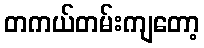
တကယ်တမ်းကျတော့